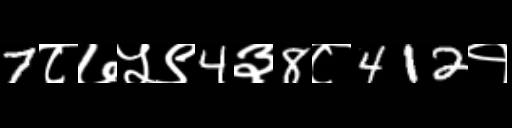
Text: 7८७५९4३8८412१